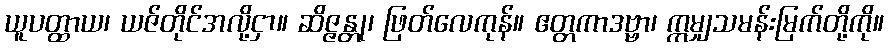
ယူပတ္ထာယ၊ ယဇ်တိုင်အလို့ငှာ။ ဆိဇ္ဇန္တု၊ ဖြတ်လေကုန်။ ဧတ္တကာဒဗ္ဗာ၊ ဣမျှသမန်းမြက်တို့ကို။